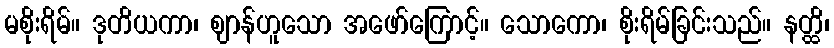
မစိုးရိမ်။ ဒုတိယကာ၊ ဈာန်ဟူသော အဖော်ကြောင့်။ သောကော၊ စိုးရိမ်ခြင်းသည်။ နတ္ထိ၊